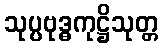
သုပ္ပဗုဒ္ဓကုဋ္ဌိသုတ္တ